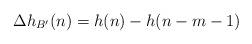
LaTeX: \begin{align*}\Delta h_{B'}(n)=h(n)-h(n-m-1)\end{align*}